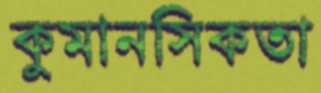
কুমানসিকতা